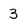
Character: 3